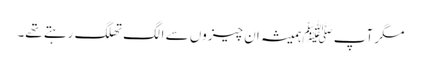
مگر آپ ﷺہمیشہ ان چیزوں سے الگ تھلگ رہتے تھے۔